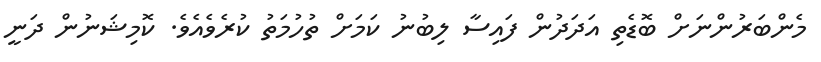
މެންބަރުންނަށް ބޮޑެތި އަދަދުން ފައިސާ ލިބުނު ކަމަށް ތުހުމަތު ކުރެވެއެވެ. ކޮމިޝަނުން ދަނީ